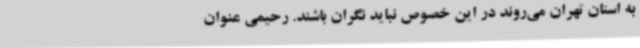
به استان تهران می‌روند در این خصوص نباید نگران باشند. رحیمی عنوان